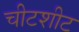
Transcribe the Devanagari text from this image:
चीटशीट